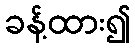
ခန့်ထား၍